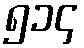
၅၁၄